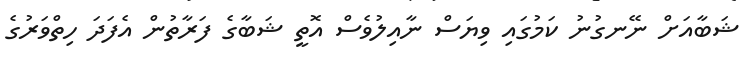
ޝަބާއަށް ނޭނގުނު ކަމުގައި ވިޔަސް ނާއިލުވެސް އޮތީ ޝަބާގެ ފަރާތުން އެފަދަ ހިތްވަރުގެ